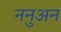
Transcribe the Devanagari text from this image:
ननुअन